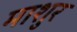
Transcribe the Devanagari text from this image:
माशुर